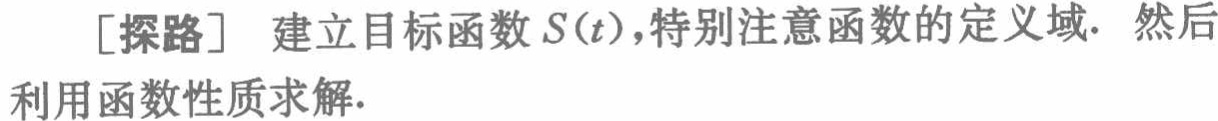
[探路] 建立目标函数 \(S(t)\)，特别注意函数的定义域. 然后利用函数性质求解.